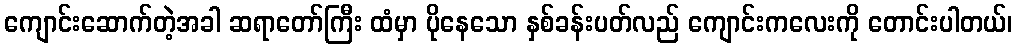
ကျောင်းဆောက်တဲ့အခါ ဆရာတော်ကြီး ထံမှာ ပိုနေသော နှစ်ခန်းပတ်လည် ကျောင်းကလေးကို တောင်းပါတယ်၊